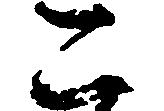
こ